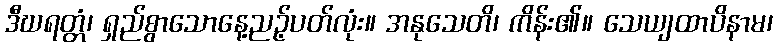
ဒီဃရတ္တံ၊ ရှည်စွာသောနေ့ညဉ့်ပတ်လုံး။ အနုသေတိ၊ ကိန်း၏။ သေယျထာပိနာမ၊